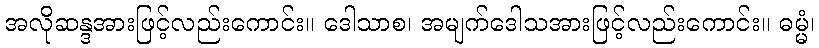
အလိုဆန္ဒအားဖြင့်လည်းကောင်း။ ဒေါသာစ၊ အမျက်ဒေါသအားဖြင့်လည်းကောင်း။ ဓမ္မံ၊